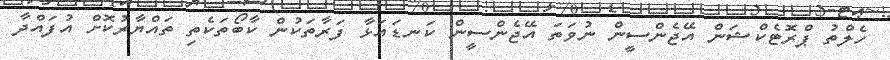
ހެލްތު ޕްރޮޓެކްޝަން އޭޖެންސީން ނުވަތަ އޭޖެންސީން ކަނޑައަޅާ ފަރާތަކުން ކާބޯތަކެތި ތައްޔާރުކޮށް އުފައްދާ